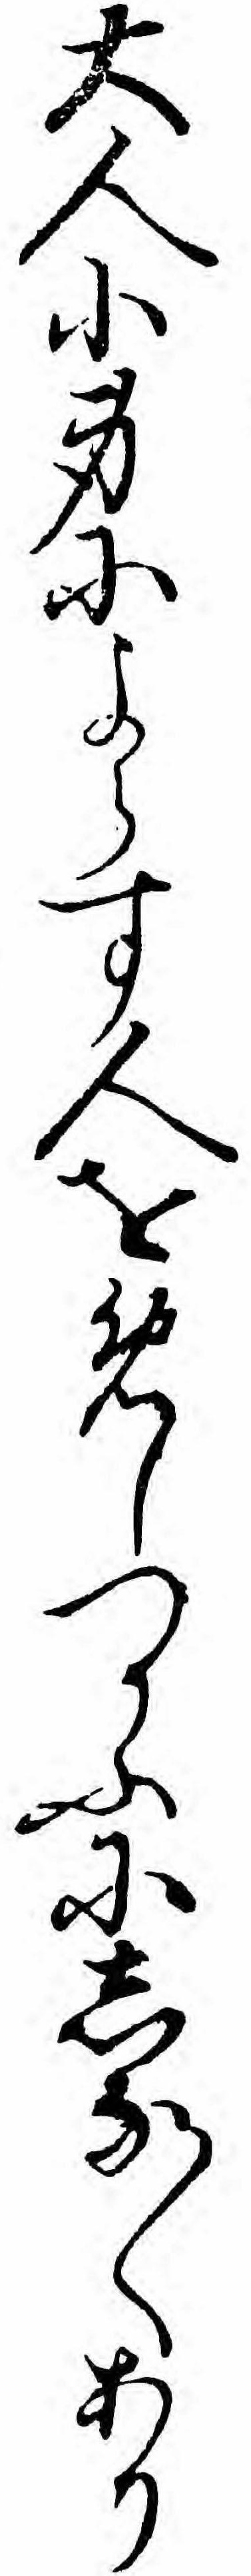
大人小身によらす人をめしつかふにしな〱あり